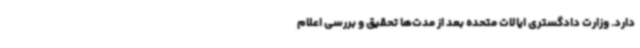
دارد. وزارت دادگستری ایالات متحده بعد از مدت‌ها تحقیق و بررسی اعلام